Civil Veterinary Department. Central Provinces & Berar 1932-41 - 1932-1941
Year: 1932
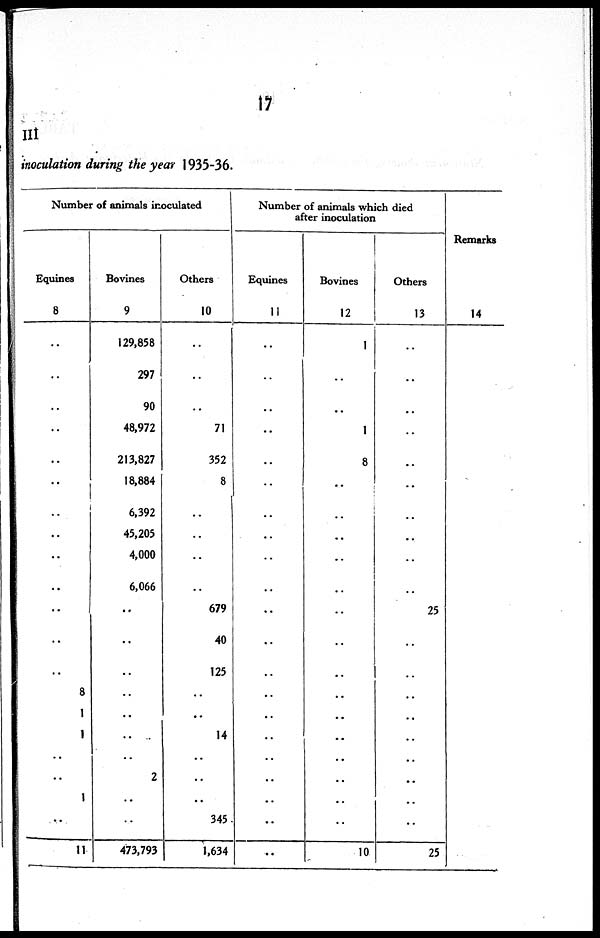
17
III
inoculation during the year 1935-36.
Number of animals inoculated
Equines
8
..
..
..
..
..
..
..
..
..
..
8
1
1
..
..
1
..
11
Bovines
9
129,858
297
90
48,972
213,827
18,884
6,392
45,205
4,000
6,066
..
..
..
..
..
..
..
2
..
..
473,793
Others
10
..
..
..
71
352
8
..
..
..
..
679
40
125
..
..
14
..
..
..
345
1,634
Number of animals which died
after inoculation
Equines
11
..
..
..
..
..
..
..
..
..
..
..
..
..
..
..
..
..
..
..
..
..
Bovines
12
1
..
..
1
8
..
..
..
..
..
..
..
..
..
..
..
..
..
..
..
10
Others
13
..
..
..
..
..
..
..
..
..
..
25
..
..
..
..
..
..
..
..
..
25
Remarks
14